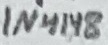
Text: 1N4148